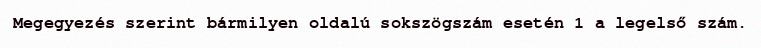
Megegyezés szerint bármilyen oldalú sokszögszám esetén 1 a legelső szám.